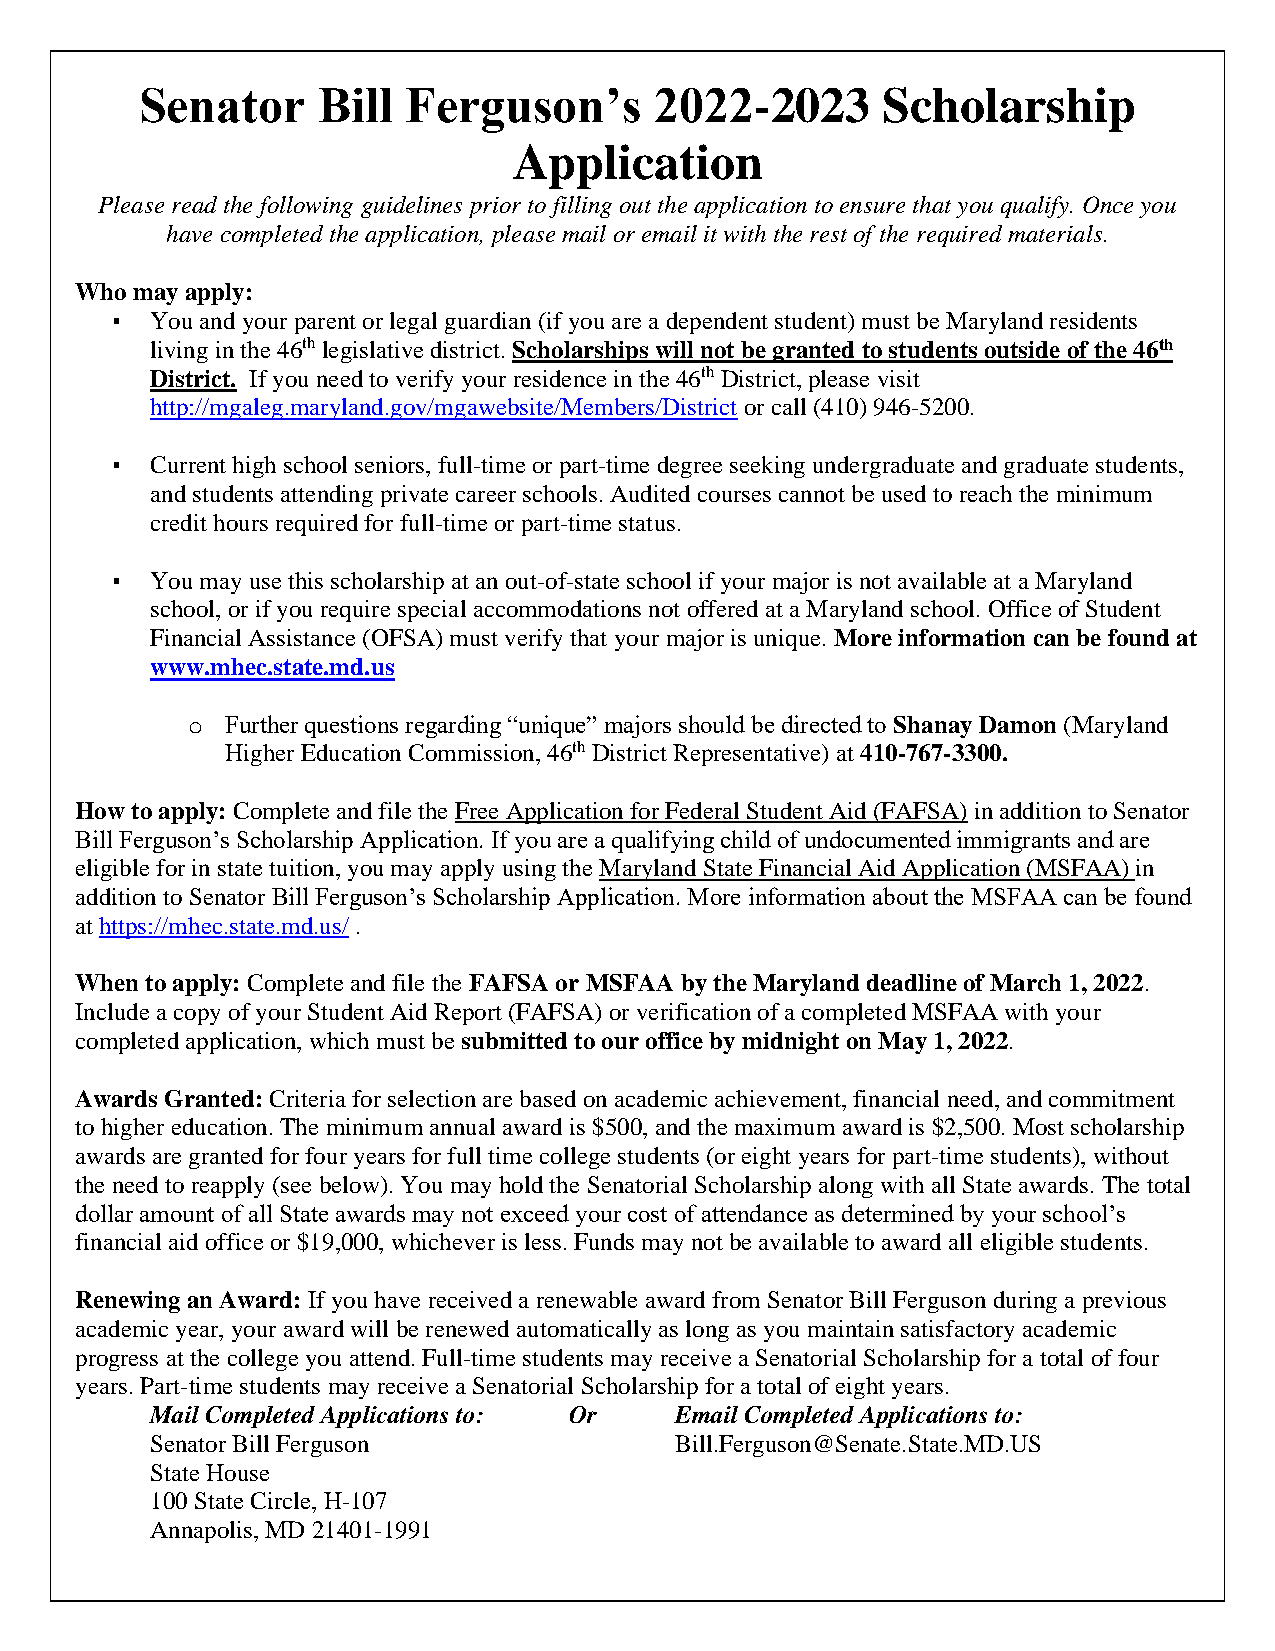
Senator     Bill  Ferguson’s      2022-2023      Scholarship
 Application
 Please read the following guidelines prior to filling out the application to ensure that you qualify. Once you
 have completed the application, please mail or email it with the rest of the required materials.
 Who may apply:
 ▪  You and your parent or legal guardian (if you are a dependent student) must be Maryland residents
 living in the 46th legislative district. Scholarships will not be granted to students outside of the 46th
 District. If you need to verify your residence in the 46th District, please visit
 http://mgaleg.maryland.gov/mgawebsite/Members/District or call (410) 946-5200.
 ▪  Current high school seniors, full-time or part-time degree seeking undergraduate and graduate students,
 and students attending private career schools. Audited courses cannot be used to reach the minimum
 credit hours required for full-time or part-time status.
 ▪  You may use this scholarship at an out-of-state school if your major is not available at a Maryland
 school, or if you require special accommodations not offered at a Maryland school. Office of Student
 Financial Assistance (OFSA) must verify that your major is unique. More information can be found at
 www.mhec.state.md.us
 o  Further questions regarding “unique” majors should be directed to Shanay Damon (Maryland
 Higher Education Commission, 46th District Representative) at 410-767-3300.
 How to apply: Complete and file the Free Application for Federal Student Aid (FAFSA) in addition to Senator
 Bill Ferguson’s Scholarship Application. If you are a qualifying child of undocumented immigrants and are
 eligible for in state tuition, you may apply using the Maryland State Financial Aid Application (MSFAA) in
 addition to Senator Bill Ferguson’s Scholarship Application. More information about the MSFAA can be found
 at https://mhec.state.md.us/ .
 When to apply: Complete and file the FAFSA or MSFAA by the Maryland deadline of March 1, 2022.
 Include a copy of your Student Aid Report (FAFSA) or verification of a completed MSFAA with your
 completed application, which must be submitted to our office by midnight on May 1, 2022.
 Awards Granted: Criteria for selection are based on academic achievement, financial need, and commitment
 to higher education. The minimum annual award is $500, and the maximum award is $2,500. Most scholarship
 awards are granted for four years for full time college students (or eight years for part-time students), without
 the need to reapply (see below). You may hold the Senatorial Scholarship along with all State awards. The total
 dollar amount of all State awards may not exceed your cost of attendance as determined by your school’s
 financial aid office or $19,000, whichever is less. Funds may not be available to award all eligible students.
 Renewing an Award: If you have received a renewable award from Senator Bill Ferguson during a previous
 academic year, your award will be renewed automatically as long as you maintain satisfactory academic
 progress at the college you attend. Full-time students may receive a Senatorial Scholarship for a total of four
 years. Part-time students may receive a Senatorial Scholarship for a total of eight years.
 Mail Completed Applications to: Or Email Completed Applications to:
 Senator Bill Ferguson              Bill.Ferguson@Senate.State.MD.US
 State House
 100 State Circle, H-107
 Annapolis, MD 21401-1991